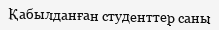
Қабылданған студенттер саны